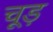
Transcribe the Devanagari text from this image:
चूड़